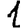
Digit: 1